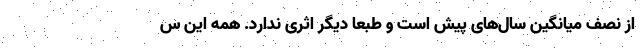
از نصف میانگین سال‌های پیش است و طبعاً دیگر اثری ندارد. همه این س